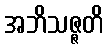
အဘိသဇ္ဇတိ